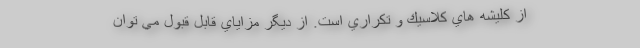
از كليشه هاي كلاسيك و تكراري است. از ديگر مزاياي قابل قبول مي توان